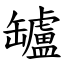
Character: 罏